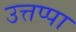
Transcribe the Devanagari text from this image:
उत्तप्पा